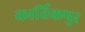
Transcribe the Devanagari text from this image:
कार्तिकपुर